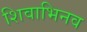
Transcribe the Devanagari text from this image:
शिवाभिनव